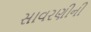
સાવરણીની